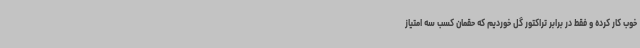
خوب کار کرده و فقط در برابر تراکتور گل خوردیم که حقمان کسب سه امتیاز